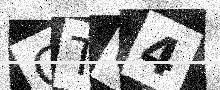
Text: GTO4